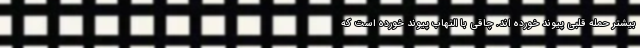
بیشتر حمله قلبی پیوند خورده اند. چاقی با التهاب پیوند خورده است که